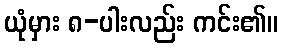
ယုံမှား ၈-ပါးလည်း ကင်း၏။